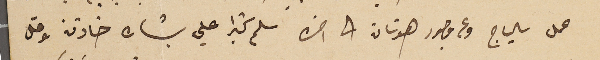
عمل سالياج وعن وجود هوتان الى اخره سلم كثيرا علي بشاره خازن وقل